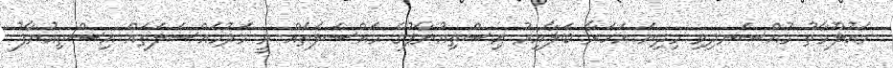
މައުލޫމާތު މުއްސަނދިވި މިދިޔަ އަހަރާ ބަލާއިރު އިސްތިއުނާފުގެ މައްސަލަތައް ވީ މަދުމައްސަލަތައް އިސްތިއުނާފު